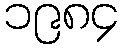
၁၉၈၄